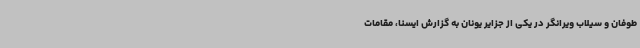
طوفان و سیلاب ویرانگر در یکی از جزایر یونان به گزارش ایسنا، مقامات